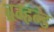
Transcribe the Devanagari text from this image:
ब्रम्हन्ड